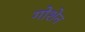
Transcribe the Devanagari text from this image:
गोशेन